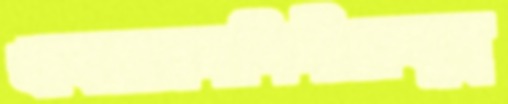
খাবরেরনলিনীকেযুদ্